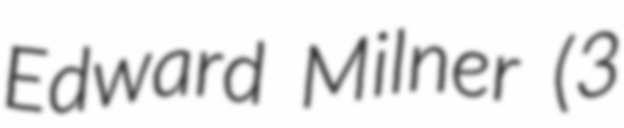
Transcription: Edward Milner (3